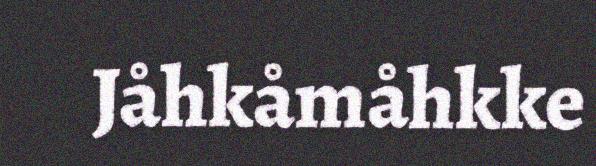
Jåhkåmåhkke